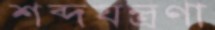
শব্দযন্ত্রণা